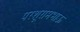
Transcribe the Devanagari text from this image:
परशूरामभाऊ